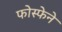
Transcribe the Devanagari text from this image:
फोस्फेने